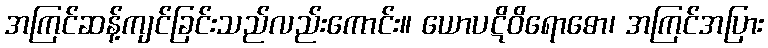
အကြင်ဆန့်ကျင်ခြင်းသည်လည်းကောင်း။ ယောပဋိဝိရောဓော၊ အကြင်အပြား